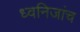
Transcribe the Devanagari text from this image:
ध्वनिजांच